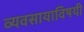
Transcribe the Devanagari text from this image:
व्यवसायाविषयी